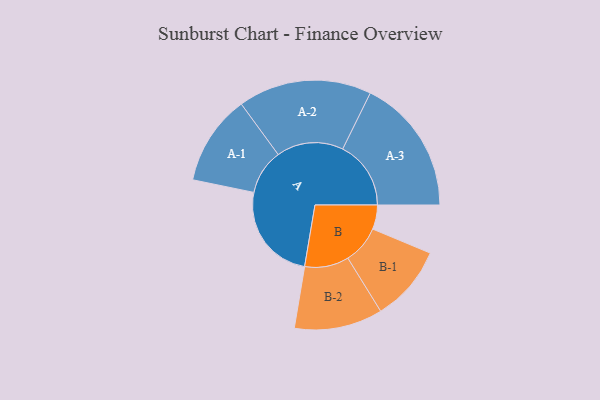
{"axis": {"x": "Segment", "y": "Value"}, "legend": ["", "A", "B"], "data": [{"x": "A", "y": 419, "type": ""}, {"x": "B", "y": 103, "type": ""}, {"x": "A-1", "y": 192, "type": "A"}, {"x": "A-2", "y": 284, "type": "A"}, {"x": "A-3", "y": 290, "type": "A"}, {"x": "B-1", "y": 162, "type": "B"}, {"x": "B-2", "y": 188, "type": "B"}]}